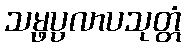
သမ္ဖပ္ပလာပသုတ္တံ